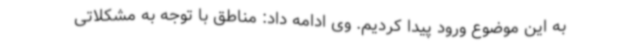
به این موضوع ورود پیدا کردیم. وی ادامه داد: مناطق با توجه به مشکلاتی